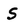
Character: S